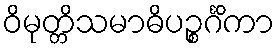
ဝိမုတ္တိသမာဓိပဉ္စင်္ဂိကာ